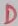
Text: D